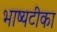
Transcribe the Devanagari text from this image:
भाष्यटीका